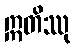
ဣတိဿု